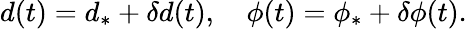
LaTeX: d(t)=d_{\ast}+\delta d(t),\quad\phi(t)=\phi_{\ast}+\delta\phi(t).